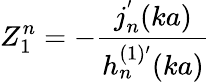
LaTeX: Z_{1}^{n}=-\frac{j_{n}^{'}(ka)}{h_{n}^{(1)^{\prime}}(ka)}